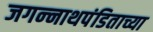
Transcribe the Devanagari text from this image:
जगन्‍नाथपंडिताच्या